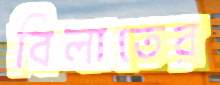
বিলাতের